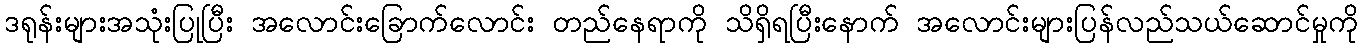
ဒရုန်းများအသုံးပြုပြီး အလောင်းခြောက်လောင်း တည်နေရာကို သိရှိရပြီးနောက် အလောင်းများပြန်လည်သယ်ဆောင်မှုကို